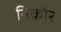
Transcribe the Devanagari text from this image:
निकोर